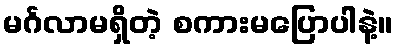
မင်္ဂလာမရှိတဲ့ စကားမပြောပါနဲ့။